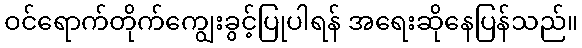
ဝင်ရောက်တိုက်ကျွေးခွင့်ပြုပါရန် အရေးဆိုနေပြန်သည်။